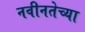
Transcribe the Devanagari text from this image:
नवीनतेच्या